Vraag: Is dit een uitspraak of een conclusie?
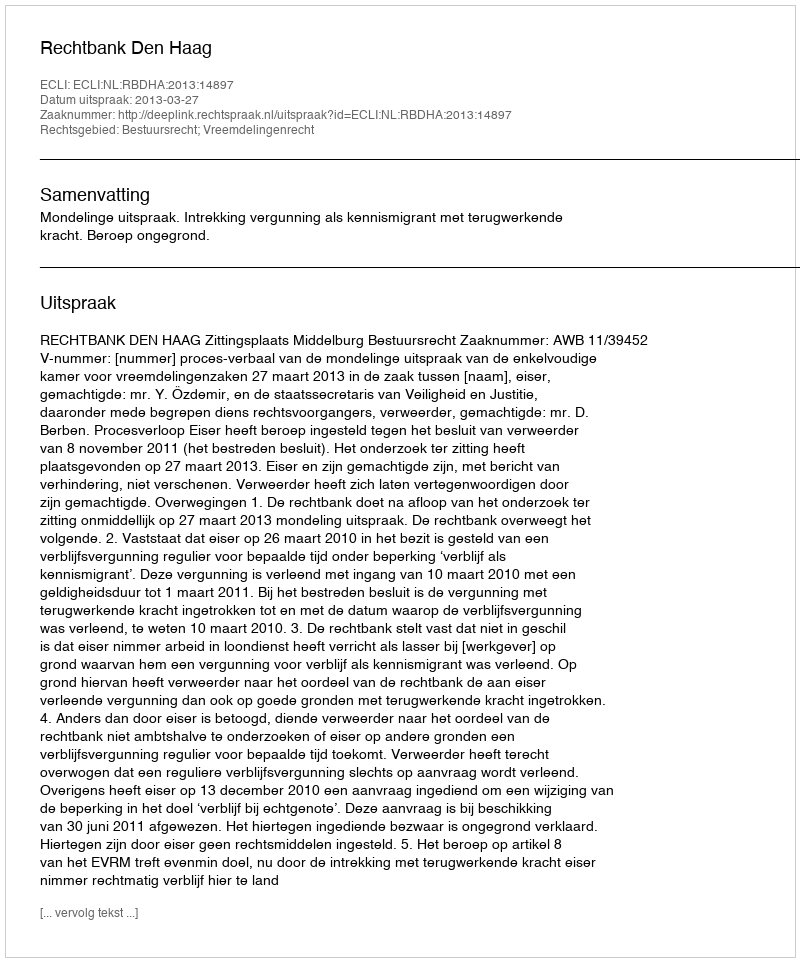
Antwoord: Uitspraak